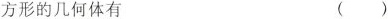
方形的几何体有（）